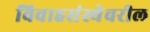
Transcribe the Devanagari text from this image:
विवाहसंस्थेवरील